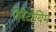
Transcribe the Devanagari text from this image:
पेरिटोयिम